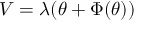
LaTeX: V = \lambda ( \theta + \Phi ( \theta ) )